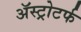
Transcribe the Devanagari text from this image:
ॲस्ट्रोटर्फ